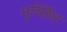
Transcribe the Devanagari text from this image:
मृर्च्छित